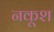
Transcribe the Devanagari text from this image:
नकूश